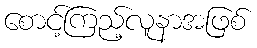
စောင့်ကြည့်လူနာအဖြစ်